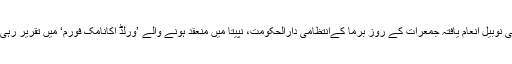
امن کی نوبیل انعام یافتہ جمعرات کے روز برما کےانتظامی دارالحکومت، نپیتا میں منعقد ہونے والے ’ورلڈ اکانامک فورم‘ میں تقریر رہی تھیں۔